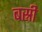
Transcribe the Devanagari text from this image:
बस्री